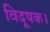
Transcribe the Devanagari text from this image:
विदूषक।